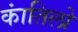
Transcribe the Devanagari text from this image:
कांतिलो